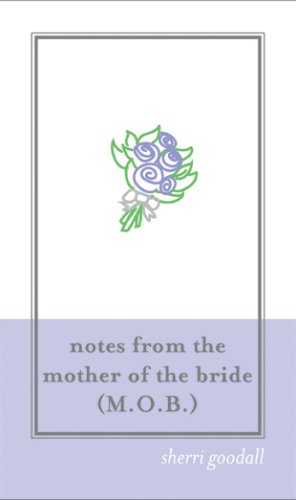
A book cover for Notes from the Mother of the Bride (M.O.B.), 2E; Sherri Goodall; Crafts, Hobbies & Home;